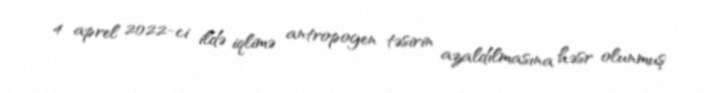
4 aprel 2022-ci ildə iqlimə antropogen təsirin azaldılmasına həsr olunmuş